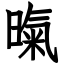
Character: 暣